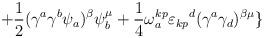
LaTeX: \begin{align*}+{1\over2}(\gamma^{a}\gamma^{b}\psi_{a})^{\beta}\psi_{b}^{\mu}+{1\over4}\omega_{a}^{kp}{\varepsilon_{kp}}^{d}(\gamma^{a}\gamma_{d})^{\beta\mu}\}\end{align*}